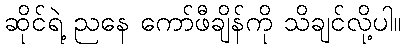
ဆိုင်ရဲ့ ညနေ ကော်ဖီချိန်ကို သိချင်လို့ပါ။